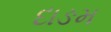
દાઙમ